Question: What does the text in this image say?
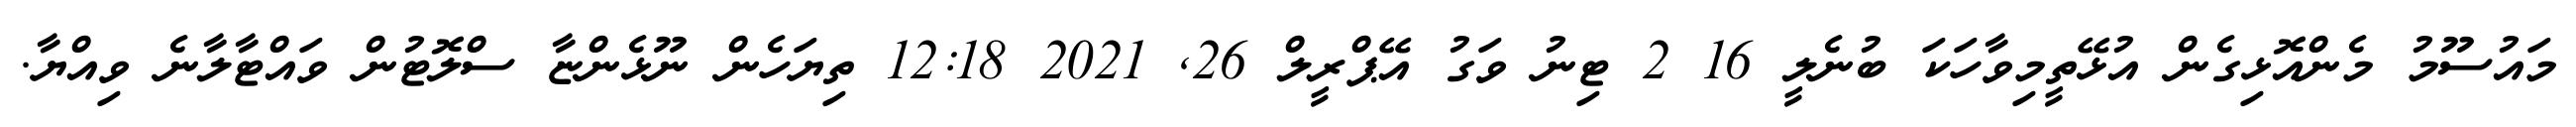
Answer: މައުސޫމު މެންއޮޅިގެން އުޅޭތީމިވާހަކަ ބުނެލީ 16 2 ޓިނު ވަގު އޭޕްރީލް 26, 2021 12:18 ތިޔަހެން ނޫޅެންޏާ ސްލޮޓުން ވައްޓާލާނެ ވިއްޔާ.